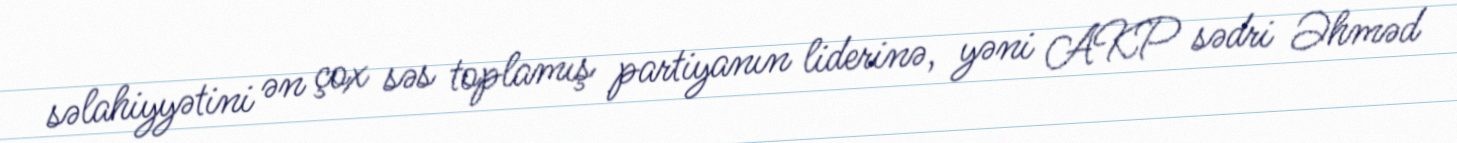
səlahiyyətini ən çox səs toplamış partiyanın liderinə, yəni AKP sədri Əhməd